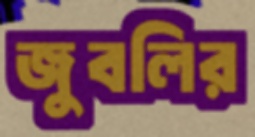
জুবলির